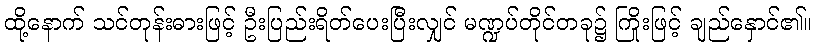
ထို့နောက် သင်တုန်းဓားဖြင့် ဦးပြည်းရိတ်ပေးပြီးလျှင် မဏ္ဍပ်တိုင်တခု၌ ကြိုးဖြင့် ချည်နှောင်၏။